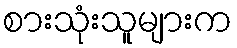
စားသုံးသူများက